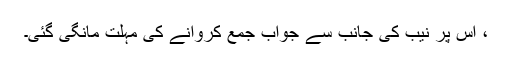
، اس پر نیب کی جانب سے جواب جمع کروانے کی مہلت مانگی گئی۔